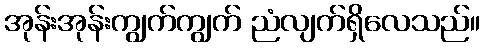
အုန်းအုန်းကျွက်ကျွက် ညံလျက်ရှိလေသည်။